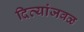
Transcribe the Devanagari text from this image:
दिव्यांजवळ